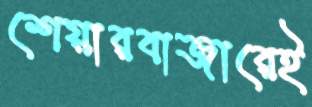
শেয়ারবাজারেই